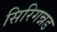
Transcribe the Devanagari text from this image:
सिरिगन्नड